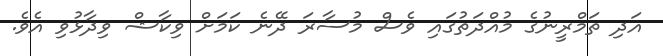
އަދި ތަމްރީނުގެ މުއްދަތުގައި ވެސް މުސާރަ ދޭނެ ކަމަށް ވިކާޝް ވިދާޅުވި އެވެ.